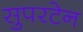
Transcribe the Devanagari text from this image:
सुपरटेन